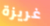
غريزة